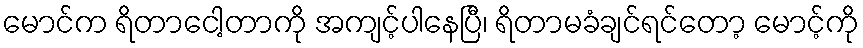
မောင်က ရိတာငေါ့တာကို အကျင့်ပါနေပြီ၊ ရိတာမခံချင်ရင်တော့ မောင့်ကို